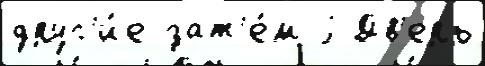
друг'и́е зат'е́м j Дв'ерь